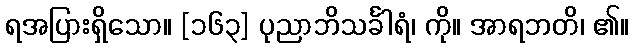
ရအပြားရှိသော။ [၁၆၃] ပုညာဘိသင်္ခါရံ၊ ကို။ အာရဘတိ၊ ၏။